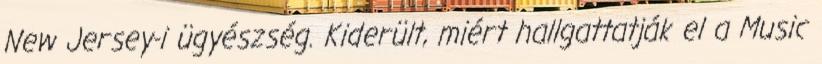
New Jersey-i ügyészség. Kiderült, miért hallgattatják el a Music